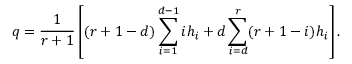
q = \frac { 1 } { r + 1 } \left[ ( r + 1 - d ) \sum _ { i = 1 } ^ { d - 1 } i h _ { i } + d \sum _ { i = d } ^ { r } ( r + 1 - i ) h _ { i } \right] .